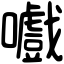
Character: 嚱